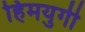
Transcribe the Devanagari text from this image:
हिमयुगी